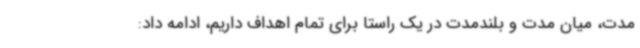
مدت، میان مدت و بلندمدت در یک راستا برای تمام اهداف داریم، ادامه داد: